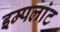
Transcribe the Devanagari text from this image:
इम्पलांट